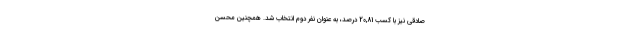
صادقی نیز با کسب 20,81 درصد، به عنوان نفر دوم انتخاب شد. همچنین محسن